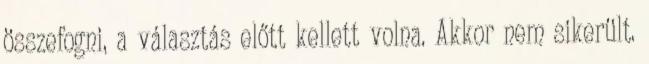
összefogni, a választás előtt kellett volna. Akkor nem sikerült.